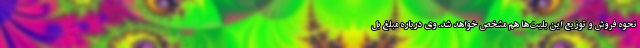
نحوه فروش و توزیع این بلیت‌ها هم مشخص خواهد شد. وی درباره مبلغ بل